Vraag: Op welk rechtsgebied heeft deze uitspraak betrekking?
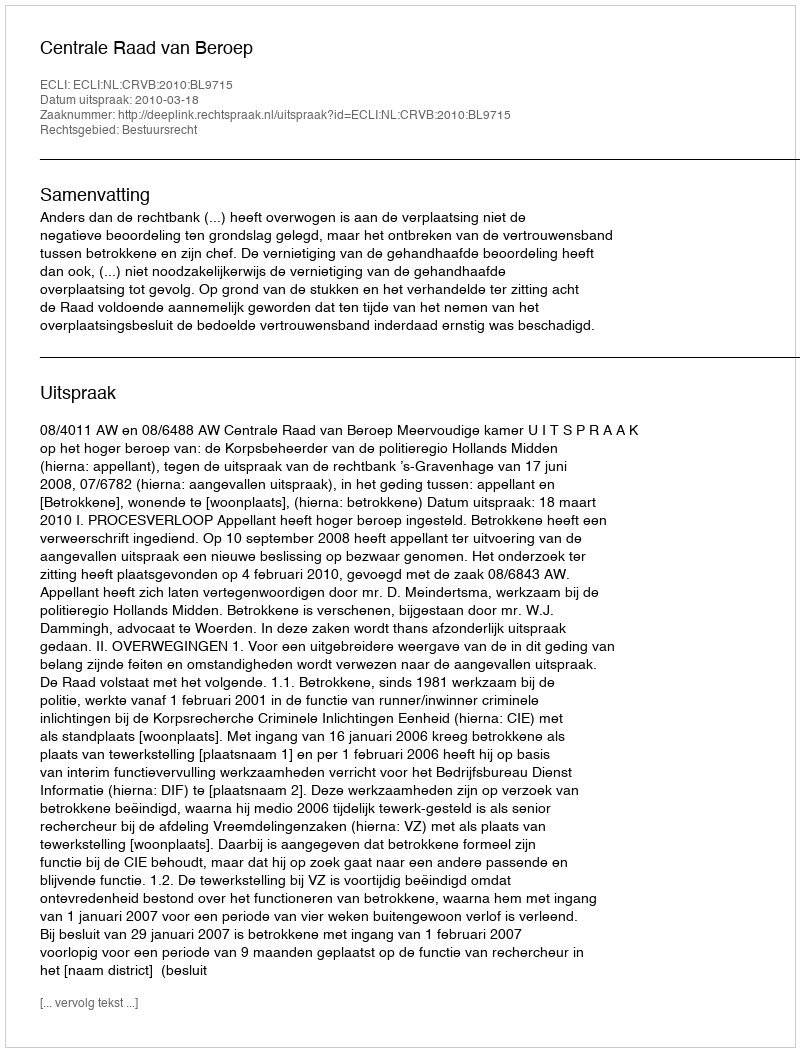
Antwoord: Bestuursrecht